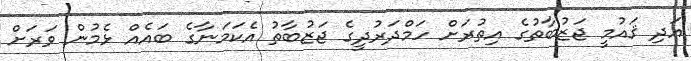
އަދި ޤައުމީ ޖަޒުބާތުގެ އިތުރަށް ހަމްދަރުދީގެ ޖަޒުބާތު އެކަމަނާގެ ބައެއް ޅެމުން ވަރަށް